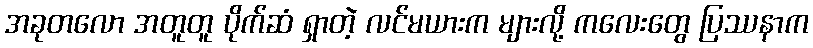
အခုတလော အတူတူ ပိုက်ဆံ ရှာတဲ့ လင်မယားက များလို့ ကလေးတွေ ပြဿနာက